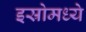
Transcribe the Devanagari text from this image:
इस्रोमध्ये